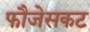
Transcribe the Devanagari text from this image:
फौजेसकट